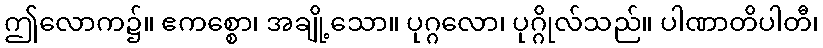
ဤလောက၌။ ဧကစ္စော၊ အချို့သော။ ပုဂ္ဂလော၊ ပုဂ္ဂိုလ်သည်။ ပါဏာတိပါတီ၊